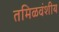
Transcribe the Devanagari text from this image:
तमिळवंशीय